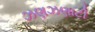
ઝણઝણાટી